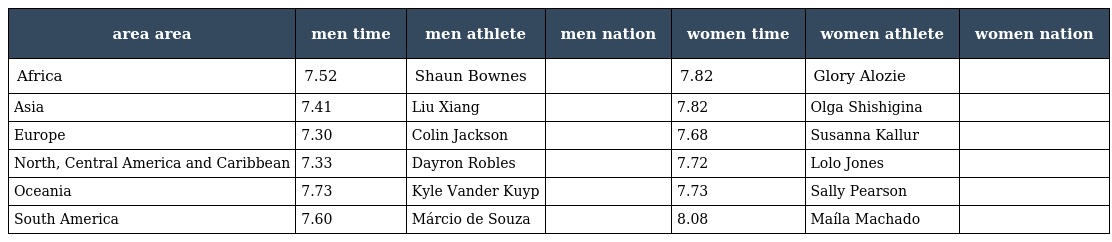
| area area | men time | men athlete | men nation | women time | women athlete | women nation |
 | --- | --- | --- | --- | --- | --- | --- |
 | Africa | 7.52 | Shaun Bownes |  | 7.82 | Glory Alozie |  |
 | Asia | 7.41 | Liu Xiang |  | 7.82 | Olga Shishigina |  |
 | Europe | 7.30 | Colin Jackson |  | 7.68 | Susanna Kallur |  |
 | North, Central America and Caribbean | 7.33 | Dayron Robles |  | 7.72 | Lolo Jones |  |
 | Oceania | 7.73 | Kyle Vander Kuyp |  | 7.73 | Sally Pearson |  |
 | South America | 7.60 | Márcio de Souza |  | 8.08 | Maíla Machado |  |